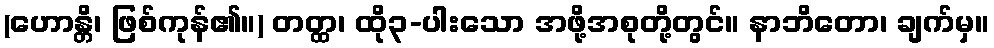
(ဟောန္တိ၊ ဖြစ်ကုန်၏။) တတ္ထ၊ ထို၃-ပါးသော အဖို့အစုတို့တွင်။ နာဘိတော၊ ချက်မှ။